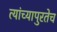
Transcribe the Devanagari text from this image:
त्यांच्यापुरतेच